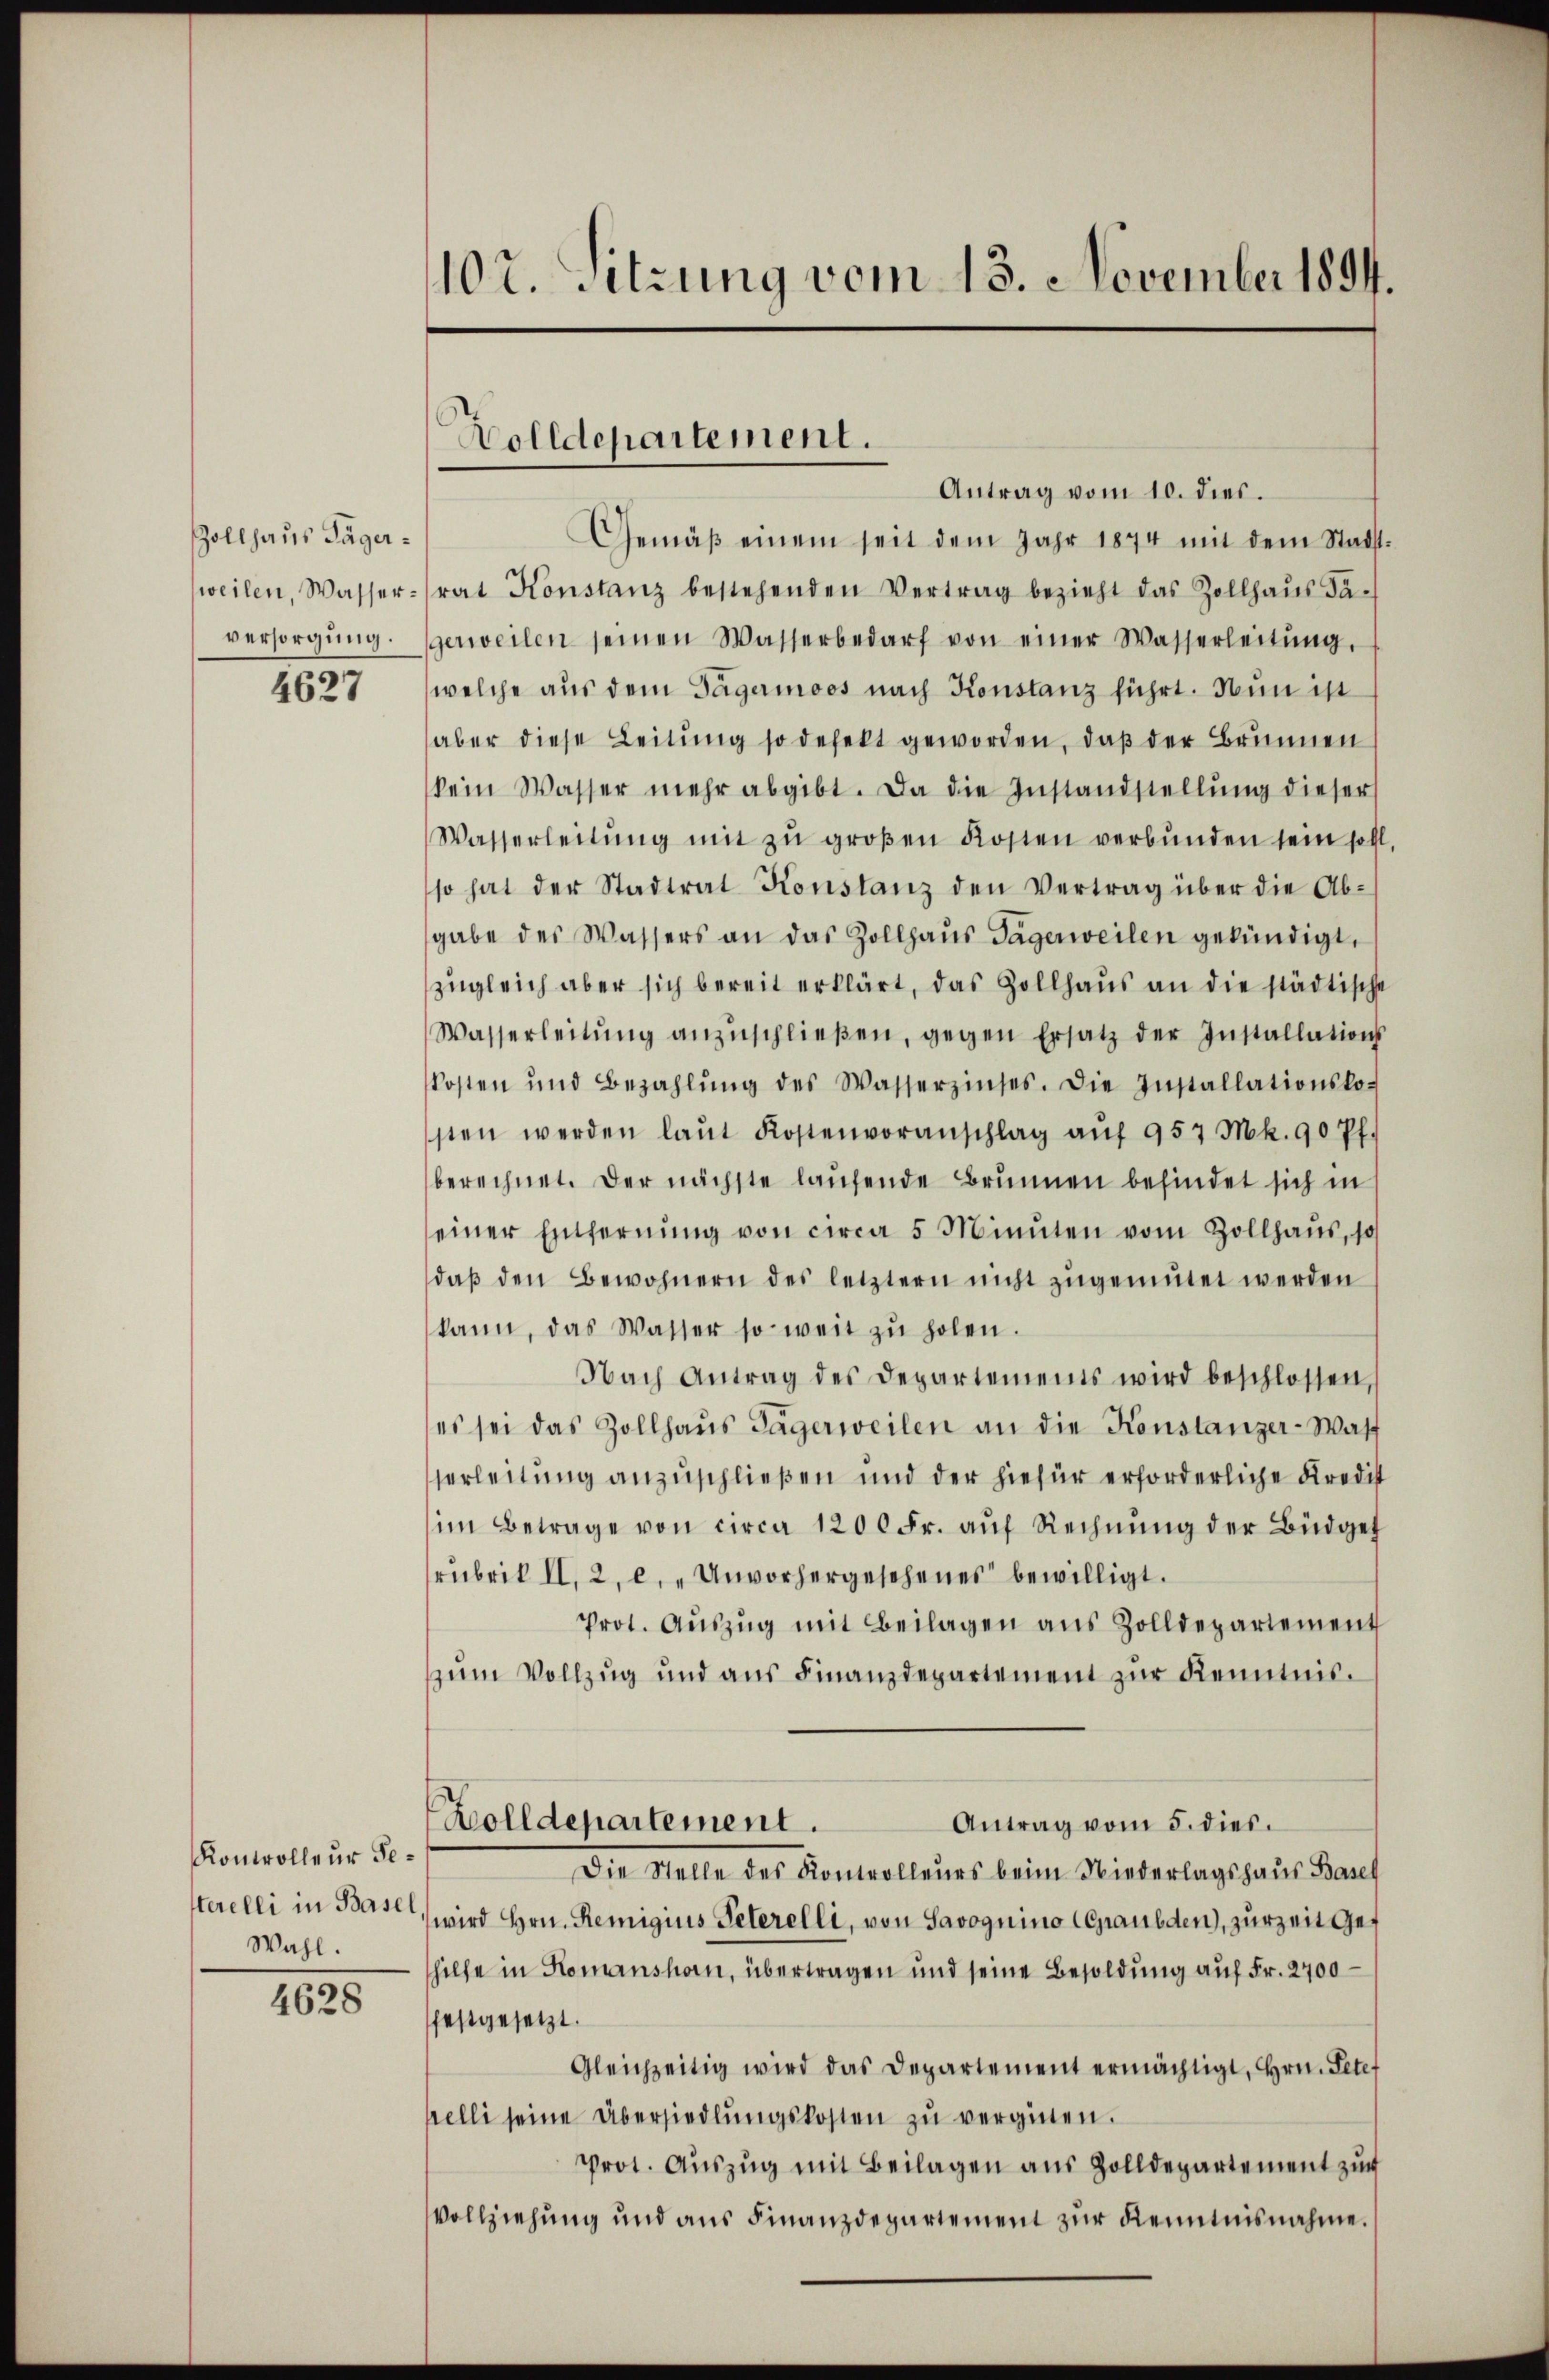
Zollhaus Tägerversorgung.

4627

Kontrolleur Ge¬
Wahl.

4628

102. Setzung vom 13. November 1894.

Holldepartement.

Antrag vom 10. dies.
Gemäβ einem seit dem Jahr 1874 mit dem Stadt
weilen, Wasserrat Konstanz bestehenden Vertrag bezieht das Zollhaŭs Fa-
gerweilen seinen Wasserbedarf von einer Wasserleitŭng.
welche aus dem Tagermoos nach Konstanz führt. Nun ist
aber diese Leitŭng so defekt geworden, daß der Brunnen
kein Wasser mehr abgibt. Da die Instandstellŭng dieser
Wasserleitŭng mit zŭ groβen Kosten verbŭnden sein soll
so hat der Stadtrat Konstanz den Vertrag über die Ab-
gabe des Wassers an das Zollhaus Tägerweilen gekündigt,
zugleich aber sich bereit erklärt, das Zollhaus an die städtische
Wasserleitŭng anzŭschlieβen, gegen Ersatz der Installations
Kosten und Bezahlŭng des Wasserzinses. Die Installationslo-
sten werden laŭt Kostenvoranschlag aŭf 957 Mk. 90 Pf.
berechnet. Der nächste laŭfende Brunnen befindet sich in
einer Entfernŭng von circa 5 Minuten vom Zollhaus, so
daβ den Bewohnern des letztern nicht zugemutet werden
kann, das Wasser so weit zŭ holen.
Nach Antrag des Departements wird beschlossen,
es sei das Zollhaŭs Tägerweilen an die Konstanzer-Waff
erleitung anzuschließen und der hiefür erforderliche Kredist
im Betrage von circa 1200 Fr. auf Rechnung der Büdget
rubrik II, 2, c. „Unvorhergesehenes bewilligt.
Prot. Aŭszŭg mit Beilagen aus Zolldepartement
zŭm Vollzug und ans Finanzdepartement zŭr Kenntnis.
Wolldepartement.
Antrag vom 5. dies.
Die Stelle des Kontrolleurs beim Niederlagshaus Basel
sterelli in Base, wird Hrn. Remigius Peterelli, von Savoguino (Gaulden), zurzeit gehilfe in Komanshorn, übertragen und seine Besoldung aŭf Fr. 2700
festgesetzt.
Gleichzeitig wird das Departement ermächtigt, Hrn. Pete
helli seine Übersiedlŭngskosten zŭ vergieben.
Prot. Aŭszŭg mit Beilagen aus Zolldepartement zur
Vollziehung und aus Finanzdepartement zŭr Kenntnisnahme.